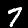
Digit: 7